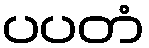
ပပတံ